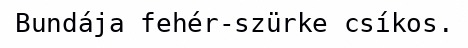
Bundája fehér-szürke csíkos.